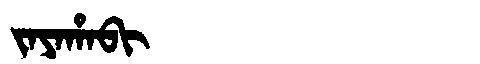
Manchu: ᠵᠠᠶᠠᡥᠠᠪᡳ
Romanization: JAYAHABI